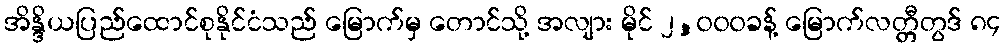
အိန္ဒိယပြည်ထောင်စုနိုင်ငံသည် မြောက်မှ တောင်သို့ အလျား မိုင် ၂,၀၀၀ခန့် မြောက်လတ္တီတွဒ် ၈၄